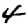
Digit: 4